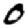
Digit: 0